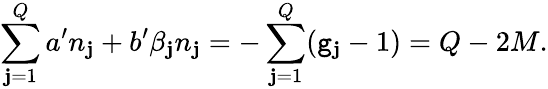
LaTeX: \sum_{\mathbf{j}=1}^{Q}a^{\prime}n_{\mathbf{j}}+b^{\prime}\beta_{\mathbf{j}}n_{\mathbf{j}}=-\sum_{\mathbf{j}=1}^{Q}(\mathtt{g}_{\mathbf{j}}-1)=Q-2M.